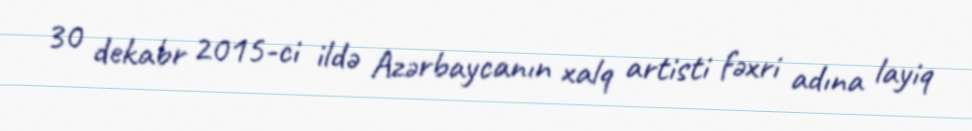
30 dekabr 2015-ci ildə Azərbaycanın xalq artisti fəxri adına layiq